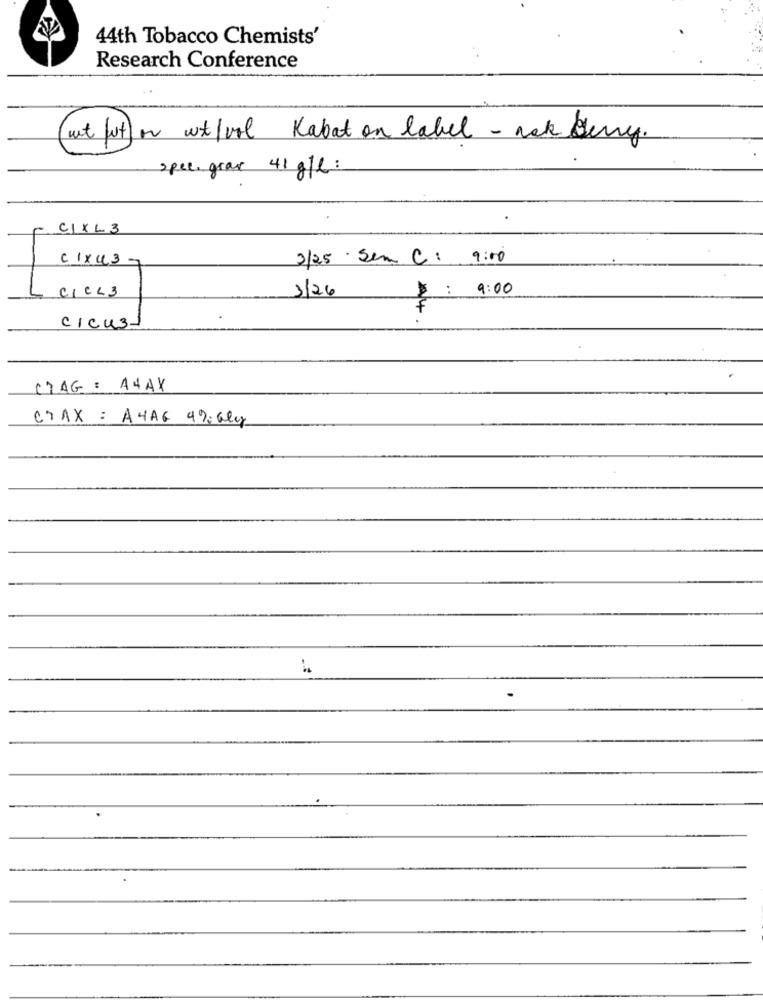
44th Tobacco Chemists'
Research Conference
(ut fut) on wt/vil Kabat on label - nok deny.
spec. gras 41 g/l :
C/XL 3
c1x4 3 -
3/25 Sem C : 9:00
CICL3
1/26
$ : 9:00
cicu31
CTAG : A4AX
CTAX = A4AG 49; aly